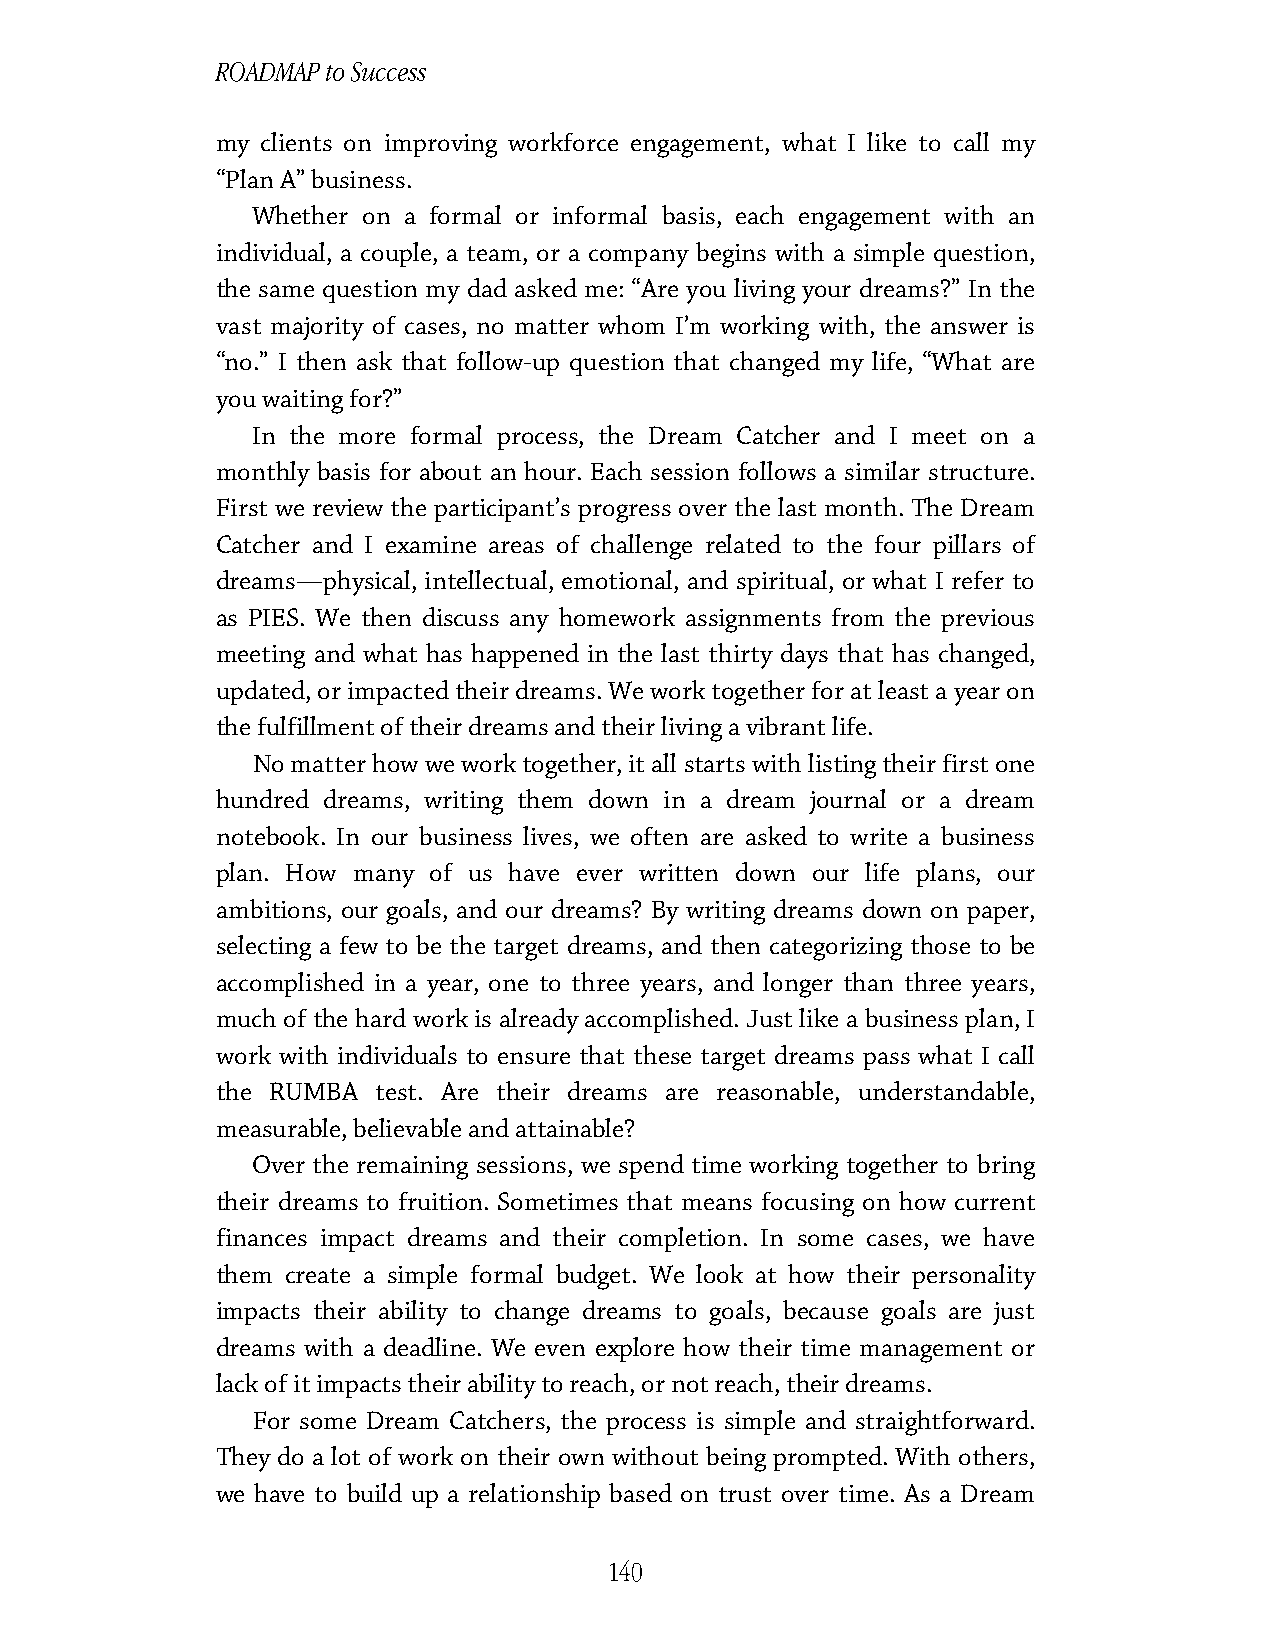
ROADMAP to Success
 my clients on improving workforce engagement, what I like to call my
 “Plan A” business.
 Whether on a formal or informal basis, each engagement with an
 individual, a couple, a team, or a company begins with a simple question,
 the same question my dad asked me: “Are you living your dreams?” In the
 vast majority of cases, no matter whom I’m working with, the answer is
 “no.” I then ask that follow-up question that changed my life, “What are
 you waiting for?”
 In the more formal process, the Dream Catcher and I meet on a
 monthly basis for about an hour. Each session follows a similar structure.
 First we review the participant’s progress over the last month. The Dream
 Catcher and I examine areas of challenge related to the four pillars of
 dreams—physical, intellectual, emotional, and spiritual, or what I refer to
 as PIES. We then discuss any homework assignments from the previous
 meeting and what has happened in the last thirty days that has changed,
 updated, or impacted their dreams. We work together for at least a year on
 the fulfillment of their dreams and their living a vibrant life.
 No matter how we work together, it all starts with listing their first one
 hundred dreams, writing them down in a dream journal or a dream
 notebook. In our business lives, we often are asked to write a business
 plan. How many of us have ever written down our life plans, our
 ambitions, our goals, and our dreams? By writing dreams down on paper,
 selecting a few to be the target dreams, and then categorizing those to be
 accomplished in a year, one to three years, and longer than three years,
 much of the hard work is already accomplished. Just like a business plan, I
 work with individuals to ensure that these target dreams pass what I call
 the RUMBA  test. Are their dreams are reasonable, understandable,
 measurable, believable and attainable?
 Over the remaining sessions, we spend time working together to bring
 their dreams to fruition. Sometimes that means focusing on how current
 finances impact dreams and their completion. In some cases, we have
 them create a simple formal budget. We look at how their personality
 impacts their ability to change dreams to goals, because goals are just
 dreams with a deadline. We even explore how their time management or
 lack of it impacts their ability to reach, or not reach, their dreams.
 For some Dream Catchers, the process is simple and straightforward.
 They do a lot of work on their own without being prompted. With others,
 we have to build up a relationship based on trust over time. As a Dream
 140